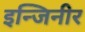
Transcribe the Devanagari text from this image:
इन्जिनीर